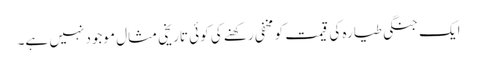
ایک جنگی طیارہ کی قیمت کو مخفی رکھنے کی کوئی تاریخی مثال موجود نہیں ہے۔